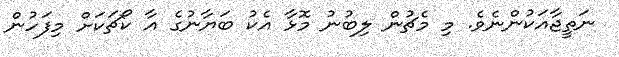
ނަތީޖާއަކުންނެވެ. މި މެޗުން ލިބުނު މޮޅާ އެކު ބަޔާނުގެ އާ ކޯޗަކަށް މިފަހުން